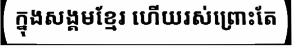
ក្នុងសង្គមខ្មែរ ហើយរស់ព្រោះតែ